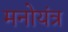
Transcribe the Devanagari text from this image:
मनोयंत्र